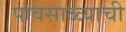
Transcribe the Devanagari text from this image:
पावसाळ्याची